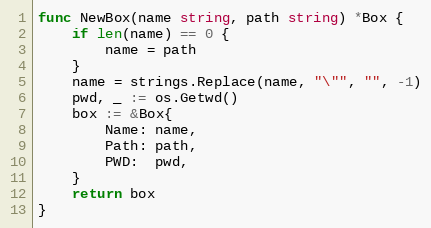
Language: Go
func NewBox(name string, path string) *Box {
	if len(name) == 0 {
		name = path
	}
	name = strings.Replace(name, "\"", "", -1)
	pwd, _ := os.Getwd()
	box := &Box{
		Name: name,
		Path: path,
		PWD:  pwd,
	}
	return box
}